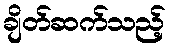
ချိတ်ဆက်သည့်